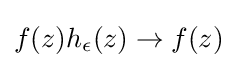
f(z)h_{\epsilon }(z)\to f(z)